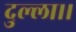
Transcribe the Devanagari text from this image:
दुल्ला।।